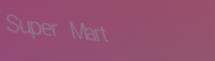
Super Mart